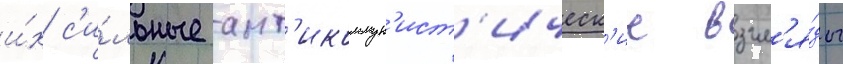
и́х с'и́льные ант'икоммун'ист'ическ'ие взгл'я́ды